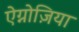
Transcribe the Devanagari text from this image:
ऐग्नोज़िया